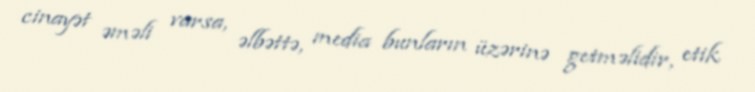
cinayət əməli varsa, əlbəttə, media bunların üzərinə getməlidir, etik